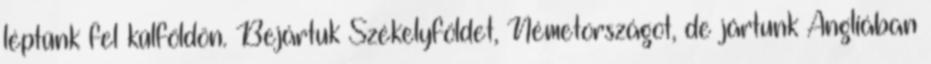
léptünk fel külföldön. Bejártuk Székelyföldet, Németországot, de jártunk Angliában